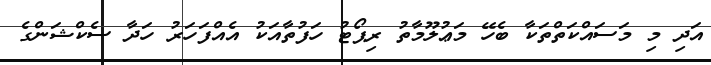
އަދި މި މަސައްކަތްތަކާ ބެހޭ މަޢުލޫމާތު ރިޕޯޓު ހަފުތާއަކު އެއްފަހަރު ހަދާ ސެކްޝަންގެ